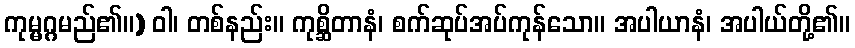
ကုမ္မဂ္ဂမည်၏။) ဝါ၊ တစ်နည်း။ ကုစ္ဆိတာနံ၊ စက်ဆုပ်အပ်ကုန်သော။ အပါယာနံ၊ အပါယ်တို့၏။